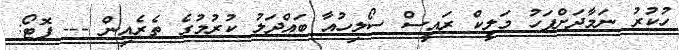
ހުކުރު ނަމާދަށްފަހު މަލީކް ރައީސް ސޯލިހުއާ ބައްދަލު ކުރުމުގެ ތެރެއިން --- ފޮޓޯ: